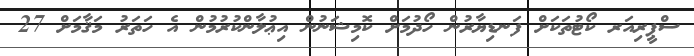
ސްޕީރިއަރ ކޯޓުތަކަށް ފަނޑިޔާރުން ހޯދުމަށް ކޮމިޝަނުން އިޢުލާންކުރުމުން އެ ހަތަރު މަޤާމަށް 27